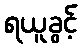
ရယူခွင့်